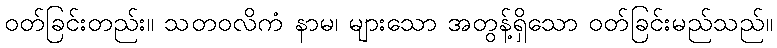
ဝတ်ခြင်းတည်း။ သတဝလိကံ နာမ၊ များသော အတွန့်ရှိသော ဝတ်ခြင်းမည်သည်။